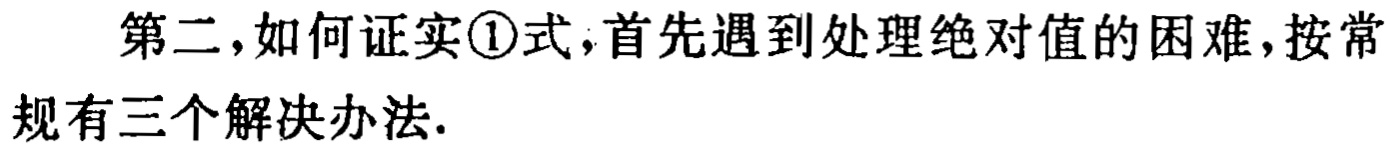
第二，如何证实\textcircled{1}式，首先遇到处理绝对值的困难，按常规有三个解决办法.